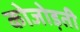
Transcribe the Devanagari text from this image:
कोजोड़ती